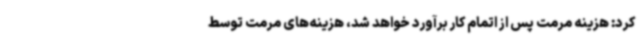
کرد: هزینه مرمت پس از اتمام کار برآورد خواهد شد، هزینه‌های مرمت توسط